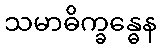
သမာဓိက္ခန္ဓေန